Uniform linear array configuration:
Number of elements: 16
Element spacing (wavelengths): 0.75
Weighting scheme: uniform
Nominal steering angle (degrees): -60
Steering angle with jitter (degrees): -61.747
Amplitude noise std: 0.05
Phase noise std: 0.05

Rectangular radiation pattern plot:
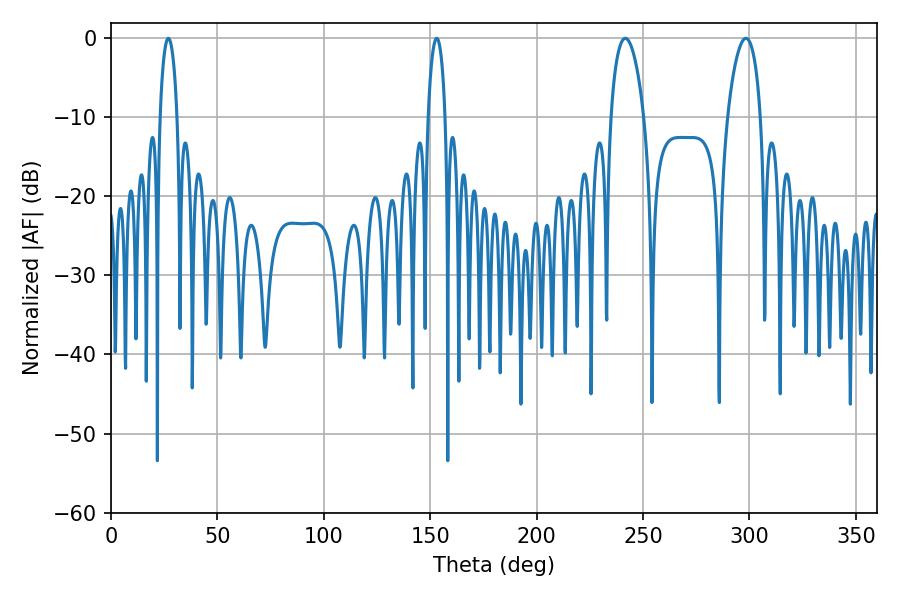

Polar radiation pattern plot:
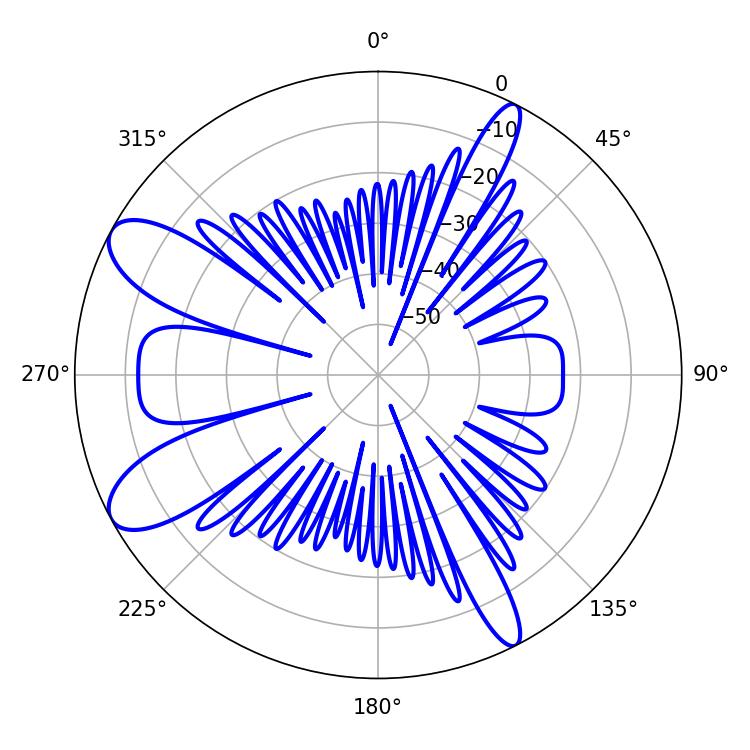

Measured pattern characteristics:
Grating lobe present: TRUE
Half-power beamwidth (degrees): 8.82
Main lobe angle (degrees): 298.26